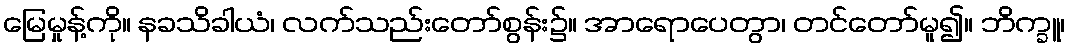
မြေမှုန့်ကို။ နခသိခါယံ၊ လက်သည်းတော်စွန်း၌။ အာရောပေတွာ၊ တင်တော်မူ၍။ ဘိက္ခူ၊